Vaccine operations Central Provinces 1886-1899 - 1886-1899
Year: 1886
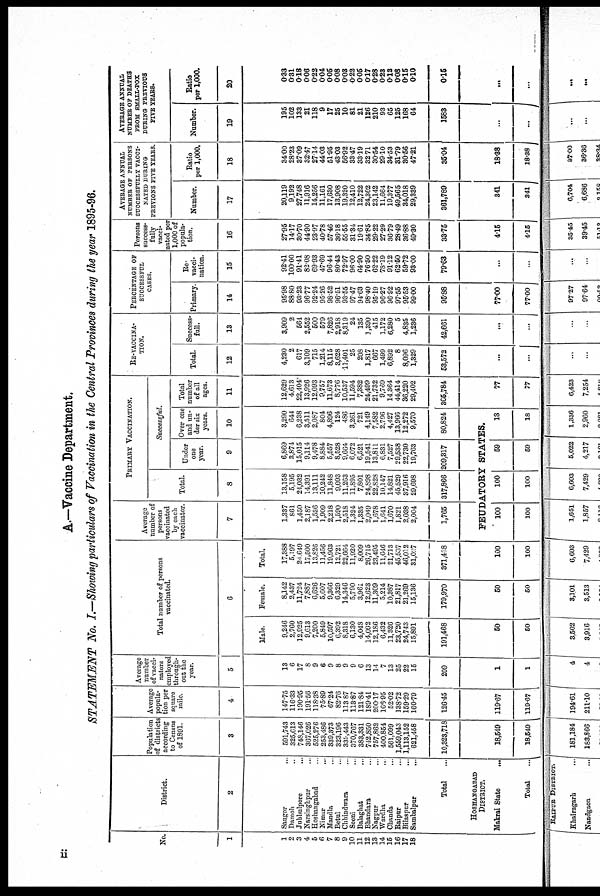
A.—Vaccine Department.
STATEMENT No. I. —Showing particulars of Vaccination in the Central Provinces during the year 1895-96.
No.
1
1
2
3
4
5
6
7
8
9
10
11
12
13
14
15
16
17
18
District.
2
Sangor ...
Damoh ...
Jublralpore ...
Narsinghpur ...
Hoshangabad ...
Nimar ...
Mandla ...
Betul ...
Chhindwara ...
Seoni ...
Balaghat ...
Bhandara ...
Nagpur ...
Wardha ...
Chanda ...
Raipur ...
Bilaspur ...
Sambalpur ...
Total ...
HOSHANGABAD
DISTRICT.
Makrai State
...
Total ...
Population
of districts
according
to Census
of 1891.
3
591,743
325,613
748,146
367,026
525,276
253,486
339,373
323,196
839,443
370,767
883,331
742,850
757,862
400,854
561,099
1,559,043
1,113,152
621,458
10,323,718
18,549
18,549
Average
popula-
tion per
square
mile.
4
147.75
116.33
190.95
191.56
118.38
75.89
67.24
82.76
113.87
113.87
121.84
189.41
200.17
166.95
52.02
138.72
159.29
160.79
126.45
119.67
119.67
Average
number
of vacci-
nators
employed
through-
out the
year.
5
13
6
17
8
9
6
9
8
9
9
6
13
14
7
13
25
22
15
209
1
1
Total number of persons
vaccinated.
6
Male.
9,246
2,760
12,925
9,613
7,200
5,849
10,597
6,392
8,318
6,130
4,048
14,092
12,186
6,432
11,326
23,720
24,743
15,891
191,468
50
50
Female.
8,142
2,437
11,724
7,887
6,626
5,607
9,366
6,329
14,346
5,790
3,961
12,623
11,309
5,214
10,387
21,817
21,269
15,136
179,970
50
50
Total.
17,388
5,197
24,649
17,500
13,826
11,456
19,963
12,721
22,664
11,920
8,009
26,715
23,495
11,646
21,713
45,537
46,012
31,027
371,438
100
100
Average
number of
persons
vaccinated
by each
vaccinator.
7
1,337
861
1,450
2,187
1,536
1,909
2,218
1,590
2,518
1,324
1,335
2,049
1,678
1,641
1,670
1,821
2,038
2,004
1,765
PRIMARY VACCINATION.
Total.
8
13,158
5,195
24,032
14,391
13,111
10,242
11,848
9,093
11,263
11,895
7,801
24,898
22,828
10,147
14,821
45,529
37,916
29,698
317,866
Successful.
Under
one
year.
9
6,869
3,871
15,015
9,114
9,478
8,884
5,557
8,528
9,664
6,072
6,521
19,541
13,811
6,831
7,527
29,538
22,730
19,763
209,317
Over one
and un-
der six
years.
10
3,290
644
6,238
3,511
2,087
804
4,896
124
486
3,261
721
4,149
7,582
2,796
4,427
13,966
12,272
9,570
80,824
FEUDATORY STATES.
100
100
100
100
59
59
18
18
Total
number
of all
ages.
11
12,629
4,613
22,404
13,926
12,093
9,757
11,673
8,776
10,537
11,594
7,382
24,499
21,732
9,769
14,364
44,414
36,220
29,402
305,784
77
77
RE-VACCINA-
TION.
Total.
12
4,230
2
617
3,109
715
1,214
8,115
3,628
11,401
25
208
1,817
667
1,499
6,892
8
8,096
1,329
53,572
...
...
Success-
full.
13
3,909
2
564
2,552
500
579
7,826
2,918
8,319
24
135
1,390
415
1,172
6,280
5
4,835
1,236
42,661
...
...
PERCENTAGE OF
SUCCESSFUL
CASES.
Primary.
14
95.98
88.80
93.23
96.77
92.24
95.26
98.52
96.51
93.55
97.47
94.63
98.40
95.19
96.27
96.92
97.55
95.53
99.00
95.88
77.00
77.00
Re-
vacci-
nation.
15
92.41
100.00
91.41
82.08
69.93
47.69
96.44
80.43
72.97
96.00
64.90
76.50
62.22
78.19
91.12
62.50
59.72
93.00
79.63
...
...
Persons
success-
fully
vacci-
nated per
1,000 of
popula-
tion.
16
27.95
14.17
30.70
44.90
23.97
40.78
57.46
36.18
55.55
31.34
19.61
34.85
29.22
27.29
36.79
28.49
36.88
49.30
33.75
4.15
4.15
AVERAGE ANNUAL
NUMBER OF PERSONS
SUCCESSFULLY VACCI-
NATED DURING
PREVIONS FIVE YEARS.
Number.
17
20,119
9,192
27,748
11,916
14,256
11,161
17,630
13,908
19,320
12,410
12,722
24,302
23,142
11,664
19,377
49,565
34,018
29,339
361,789
341
341
Ratio
per 1,000.
18
34.00
28.23
37.09
32.47
27.14
44.03
51.95
43.03
56.92
33.47
33.19
32.71
30.54
29.10
34.53
31.79
30.56
47.21
35.04
18.38
18.38
AVERAGE ANNUAL
NUMBER OF DEATHS
FROM SMALL-POX
DURING PREVIOUS
FIVE YEARS.
Number.
19
195
102
133
21
118
9
17
25
10
81
21
126
210
93
65
125
168
64
1583
...
...
Ratio
per 1,000.
20
0.33
0.31
0.18
0.06
0.22
0.04
0.05
0.08
0.03
0.22
0.05
0.17
0.28
0.23
0.12
0.08
0.15
0.10
0.15
...
...
ii